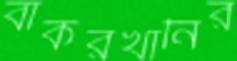
বাকরখানির